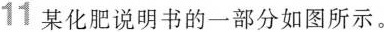
11 某化肥说明书的一部分如图所示。